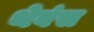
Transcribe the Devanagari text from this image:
थेबंस